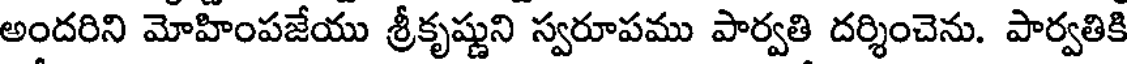
అందరిని మోహింపజేయు శ్రీకృష్ణుని స్వరూపము పార్వతి దర్శించెను. పార్వతికి